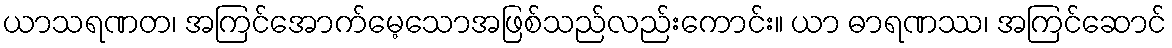
ယာသရဏတ၊ အကြင်အောက်မေ့သောအဖြစ်သည်လည်းကောင်း။ ယာ ဓာရဏဿ၊ အကြင်ဆောင်